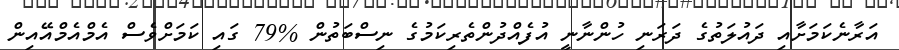
އަރާނެކަމަށާއި ދައުލަތުގެ ދަރަނި ހުންނާނީ އުފެއްދުންތެރިކަމުގެ ނިސްބަތުން %79 ގައި ކަމަށްވެސް އެމްއެމްއޭއިން